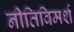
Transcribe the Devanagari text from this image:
नीतिविमर्श